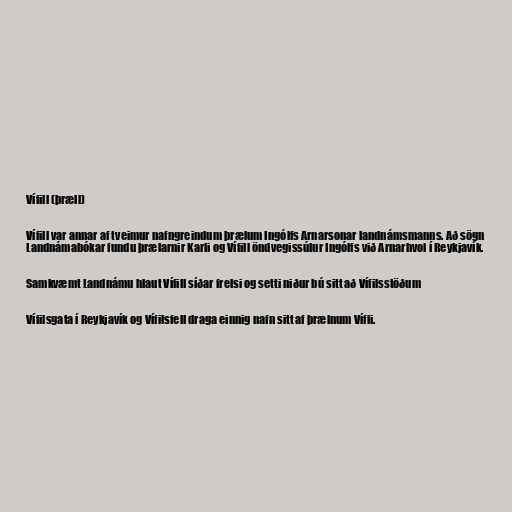
Vífill (þræll)

Vífill var annar af tveimur nafngreindum þrælum Ingólfs Arnarsonar landnámsmanns. Að sögn
Landnámabókar fundu þrælarnir Karli og Vífill öndvegissúlur Ingólfs við Arnarhvol í Reykjavík.

Samkvæmt Landnámu hlaut Vífill síðar frelsi og setti niður bú sitt að Vífilsstöðum

Vífilsgata í Reykjavík og Vífilsfell draga einnig nafn sitt af þrælnum Vífli.